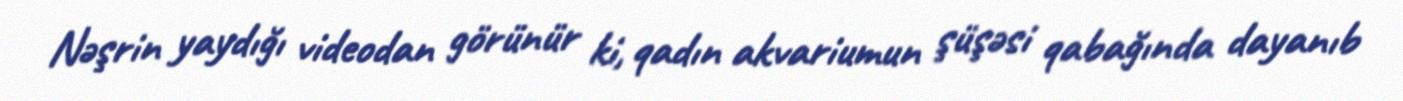
Nəşrin yaydığı videodan görünür ki, qadın akvariumun şüşəsi qabağında dayanıb